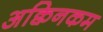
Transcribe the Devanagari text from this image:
अक्विनकम